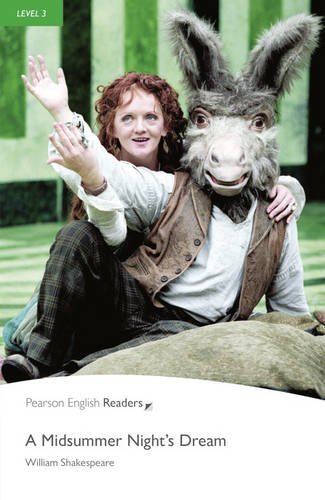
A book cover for Midsummer Night's Dream, A, Level 3, Penguin Readers (2nd Edition) (Penguin Readers, Level 3); William Shakespeare; Teen & Young Adult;